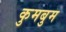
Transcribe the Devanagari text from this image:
कुमबुम